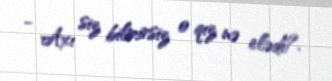
- Axı siz bilmirsiz o qız nə elədi?.